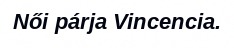
Női párja Vincencia.